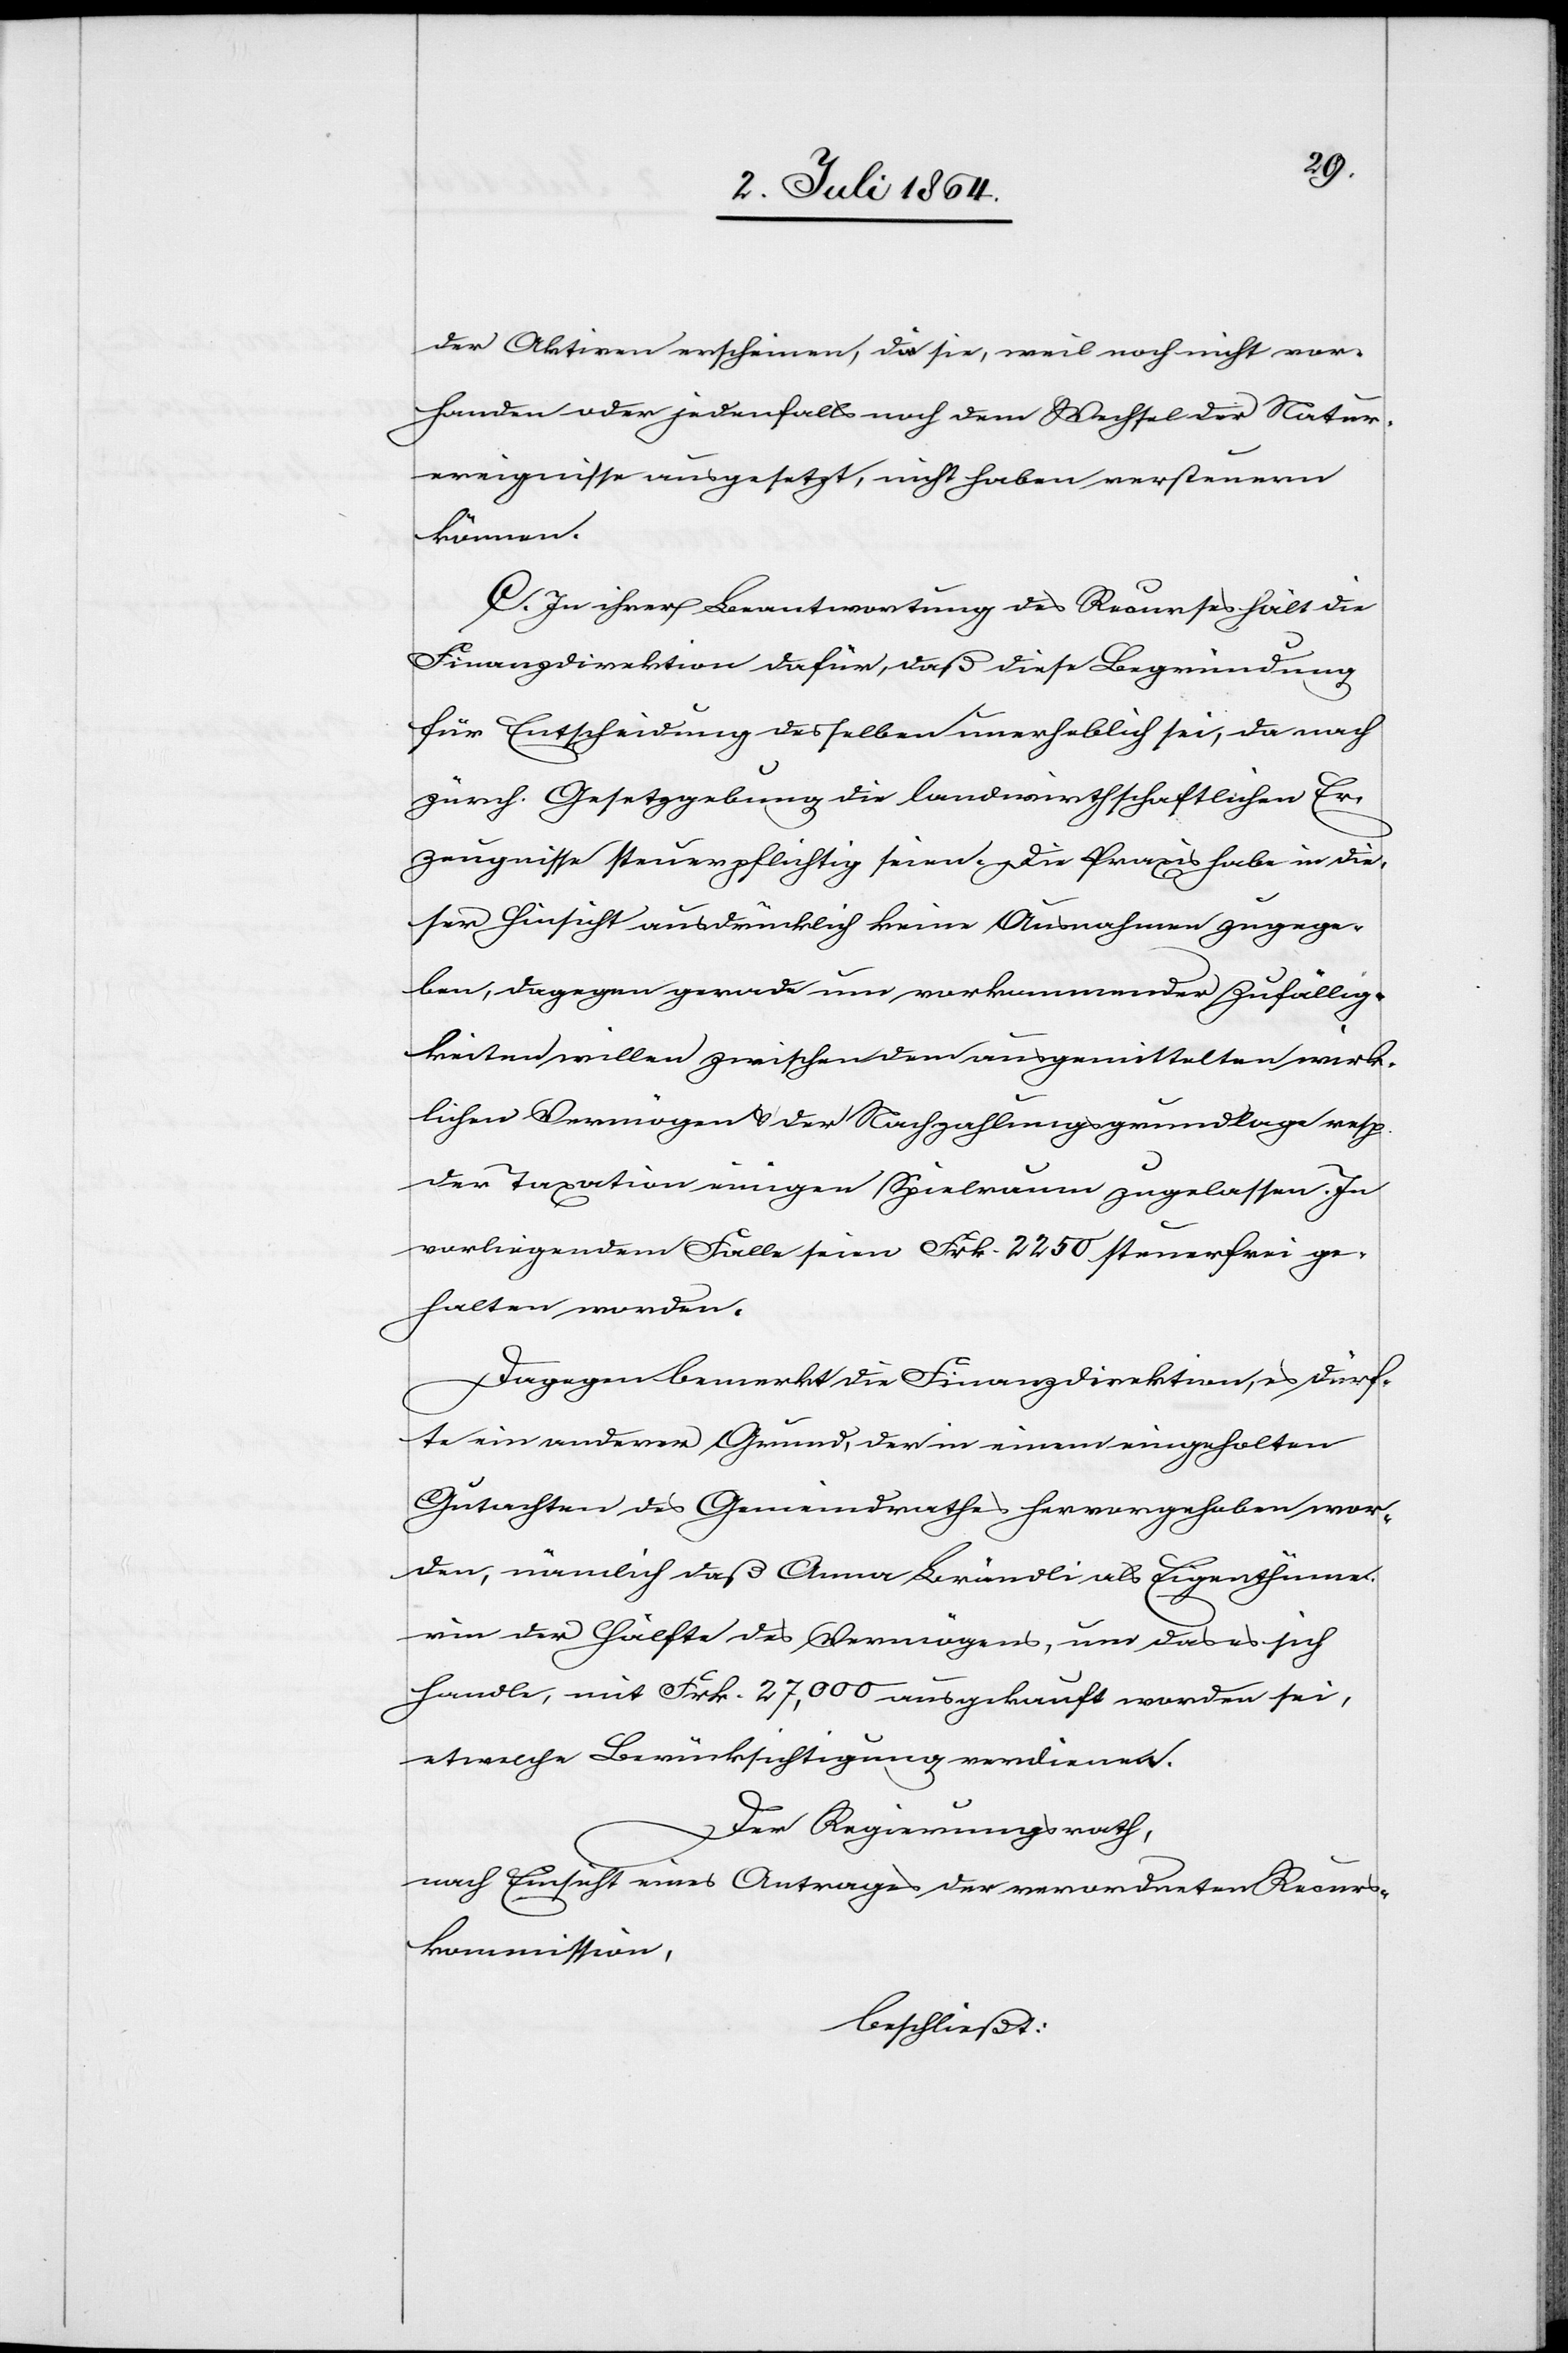
der Aktiven erscheinen, da sie, weil noch nicht vor¬
handen oder jedenfalls noch dem Wechsel der Natur¬
ereignisse ausgesetzt, nicht haben versteuern
können.
C. In ihrer Beantwortung des Recurses hält die
Finanzdirektion dafür, daß diese Begründung
für Entscheidung desselben unerheblich sei, da nach
zürch. Gesetzgebung die landwirthschaftlichen Er¬
zeugnisse steuerpflichtig seien. Die Praxis habe in die¬
ser Hinsicht ausdrücklich keine Ausnahmen zugege¬
ben, dagegen gerade um vorkommender Zufällig¬
keiten willen zwischen dem ausgemittelten wirk¬
lichen Vermögen u. der Nachzahlungsgrundlage resp.
der Taxation einigen Spielraum zugelassen. In
vorliegendem Falle seien Frk. 2250 steuerfrei ge¬
halten worden.
Dagegen bemerkt die Finanzdirektion, es dürf¬
te ein anderer Grund, der in einem eingeholten
Gutachten des Gemeindrathes hervorgehoben wor¬
den, nämlich daß Anna Brändli als Eigenthüme¬
rin der Hälfte des Vermögens, um das es sich
handle, mit Frk. 27,000 ausgekauft worden sei,
etwelche Berücksichtigung verdienen.
Der Regierungsrath,
nach Einsicht eines Antrages der verordneten Recurs¬
kommission,
beschließt: